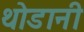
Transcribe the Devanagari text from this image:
थोडानी